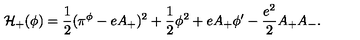
{ \cal H } _ { + } ( \phi ) = { \frac { 1 } { 2 } } ( \pi ^ { \phi } - e A _ { + } ) ^ { 2 } + { \frac { 1 } { 2 } } \phi ^ { 2 } + e A _ { + } \phi ^ { \prime } - { \frac { e ^ { 2 } } { 2 } } A _ { + } A _ { - } .